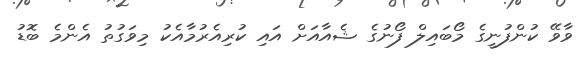
ވާވޭ ކުންފުނީގެ މޯބައިލް ފޯނުގެ ޝެއާއަށް އައި ކުރިއެރުމާއެކު މިވަގުތު އެންމެ ބޮޑު